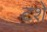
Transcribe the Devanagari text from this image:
टशे